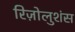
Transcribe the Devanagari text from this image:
रिज़ोलुशंस